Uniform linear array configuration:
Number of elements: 16
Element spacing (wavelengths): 0.75
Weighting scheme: hann
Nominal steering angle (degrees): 30
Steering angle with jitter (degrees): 31.484
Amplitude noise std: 0.05
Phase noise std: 0.05

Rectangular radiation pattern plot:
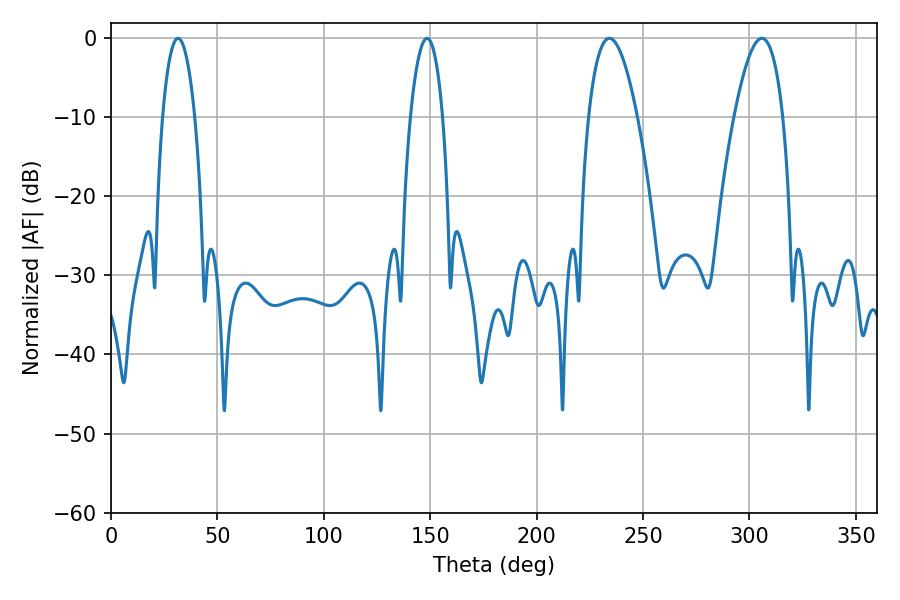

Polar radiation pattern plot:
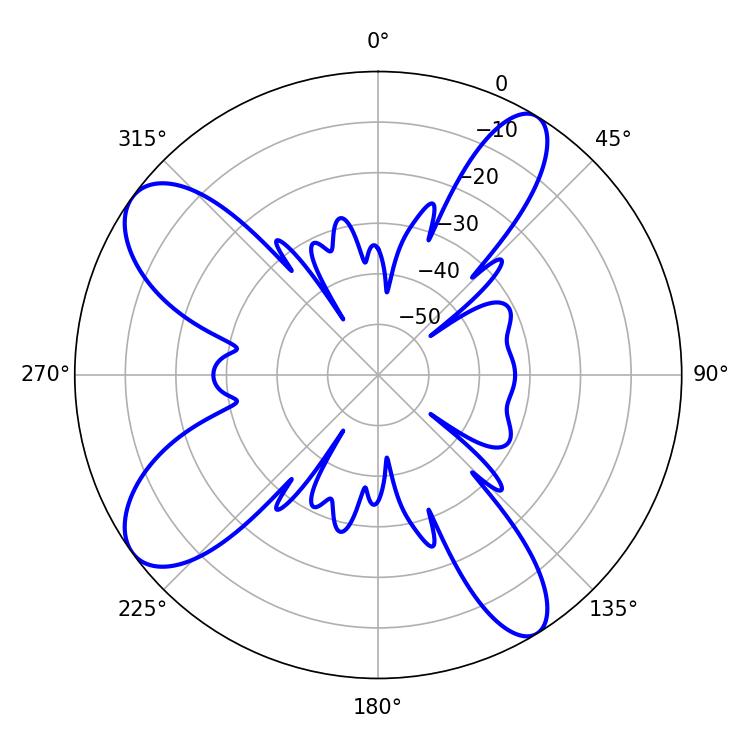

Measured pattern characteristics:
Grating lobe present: TRUE
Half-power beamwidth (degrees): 12.6
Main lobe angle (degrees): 234.18